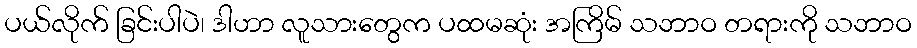
ပယ်လိုက် ခြင်းပါပဲ၊ ဒါဟာ လူသားတွေက ပထမဆုံး အကြိမ် သဘာဝ တရားကို သဘာဝ